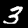
Label: 3